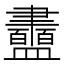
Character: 䀌